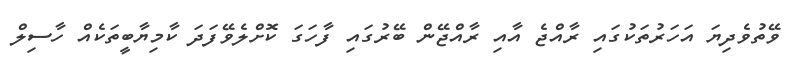
ވޭތުވެދިޔަ އަހަރުތަކުގައި ރާއްޖެ އާއި ރާއްޖޭން ބޭރުގައި ފާހަގަ ކޮށްލެވޭފަދަ ކާމިޔާބީތަކެއް ހާސިލް